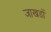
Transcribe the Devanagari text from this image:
जाखडों